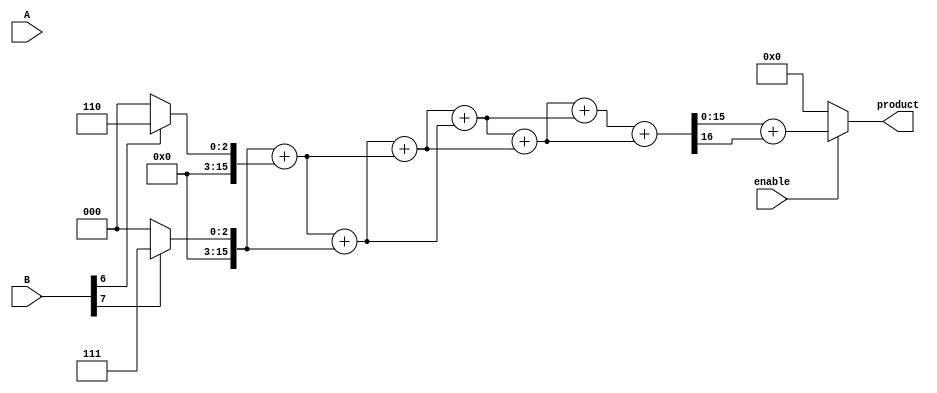
module MultiPrecisionWallaceTreeMultiplier #(
    parameter WIDTH_A = 8,  // Width of operand A
    parameter WIDTH_B = 8   // Width of operand B
)(
    input wire [WIDTH_A-1:0] A,    // Operand A
    input wire [WIDTH_B-1:0] B,    // Operand B
    input wire enable,              // Enable signal
    output reg [WIDTH_A + WIDTH_B - 1:0] product // Output product
);

    // Generate partial products
    wire [WIDTH_A + WIDTH_B - 1:0] partial_products [WIDTH_B-1:0];
    genvar i;
    generate
        for (i = 0; i < WIDTH_B; i = i + 1) begin : gen_partial_products
            assign partial_products[i] = (B[i] ? {A, i} : 0);
        end
    endgenerate

    // Wallace tree reduction
    reg [WIDTH_A + WIDTH_B - 1:0] sum[WIDTH_A + WIDTH_B - 2:0];
    reg [WIDTH_A + WIDTH_B - 1:0] carry[WIDTH_A + WIDTH_B - 2:0];
    integer j;
    
    // Initialize the first stage with partial products
    always @(*) begin
        if (enable) begin
            for (j = 0; j < WIDTH_B; j = j + 1) begin
                sum[j] = partial_products[j];
                carry[j] = 0; // Initialize carry to 0
            end
            
            // Perform Wallace tree reduction
            for (j = WIDTH_B; j < (WIDTH_A + WIDTH_B - 1); j = j + 1) begin
                // Combine bits in groups
                {carry[j], sum[j]} = sum[j-1] + sum[j-2];
            end
            
            // Final addition
            product = sum[WIDTH_A + WIDTH_B - 2] + carry[WIDTH_A + WIDTH_B - 2];
        end else begin
            product = 0; // Output 0 when not enabled
        end
    end
endmodule